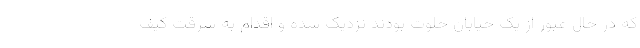
که در حال عبور از یک خیابان خلوت بودند نزدیک شده و اقدام به سرقت کیف